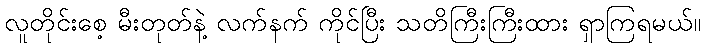
လူတိုင်းစေ့ မီးတုတ်နဲ့ လက်နက် ကိုင်ပြီး သတိကြီးကြီးထား ရှာကြရမယ်။